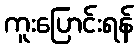
ကူးပြောင်းရန်